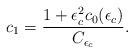
LaTeX: \begin{align*}c_1 =\frac{1+\epsilon_c^2 c_0(\epsilon_c)}{C_{\epsilon_c}}.\end{align*}